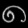
Digit: ၈